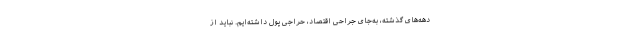
دهه‌های گذشته، به‌جای جراحی اقتصاد، حراجی پول داشته‌ایم. نباید از